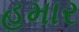
હમાર